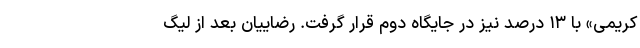
کریمی» با ۱۳ درصد نیز در جایگاه دوم قرار گرفت. رضاییان بعد از لیگ